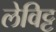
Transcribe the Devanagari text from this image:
लेविट्ट